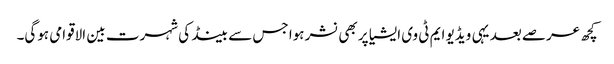
کچھ عرصے بعد یہی ویڈیو ایم ٹی وی ایشیا پر بھی نشر ہوا جس سے بینڈ کی شہرت بین الاقوامی ہوگی۔